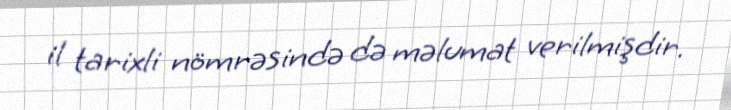
il tarixli nömrəsində də məlumat verilmişdir.